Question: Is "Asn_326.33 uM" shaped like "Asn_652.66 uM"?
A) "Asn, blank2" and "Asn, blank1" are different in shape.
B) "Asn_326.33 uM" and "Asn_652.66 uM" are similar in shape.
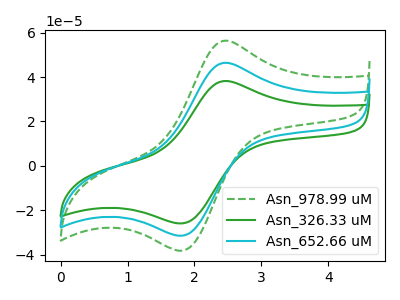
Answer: <think>The green dashed curve "Asn_978.99 uM" has an anodic peak at (2.45V, 92.80uA) and a cathodic peak at (1.85V, -62.15uA). The green curve "Asn_326.33 uM" has an anodic peak at (2.45V, 38.20uA) and a cathodic peak at (1.85V, -25.60uA). The cyan curve "Asn_652.66 uM" has an anodic peak at (2.45V, 46.40uA) and a cathodic peak at (1.85V, -31.10uA).
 All the peaks in "Asn_326.33 uM" have a peak in "Asn_652.66 uM" at the same potential. Every peak in "Asn_326.33 uM" is lower than every peak in "Asn_652.66 uM".</think>
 <answer>B) "Asn_326.33 uM" and "Asn_652.66 uM" are similar in shape.</answer>
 <eval>B</eval>